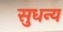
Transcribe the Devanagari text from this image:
सुधन्य